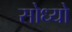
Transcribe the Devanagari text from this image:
सोध्यो